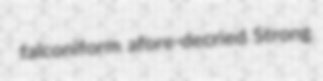
falconiform afore-decried Strong